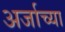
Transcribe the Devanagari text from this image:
अर्जाच्या